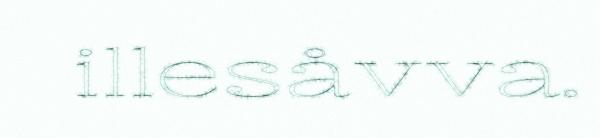
illesåvva.